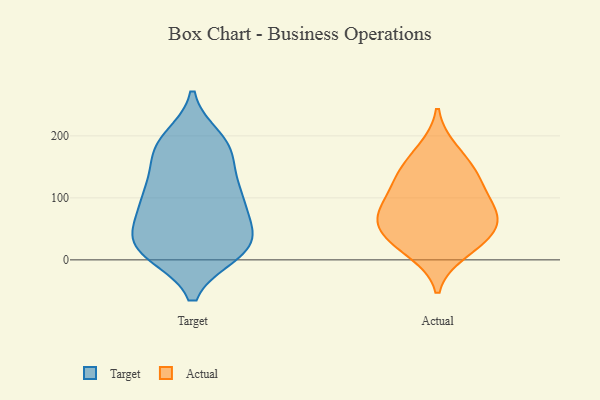
{"axis": {"x": "Conversion Rate (%)", "y": "Value"}, "legend": ["Actual", "Target"], "data": [{"x": "", "y": 174, "type": "Target"}, {"x": "", "y": 18, "type": "Target"}, {"x": "", "y": 86, "type": "Target"}, {"x": "", "y": 58, "type": "Target"}, {"x": "", "y": 20, "type": "Target"}, {"x": "", "y": 38, "type": "Target"}, {"x": "", "y": 55, "type": "Target"}, {"x": "", "y": 185, "type": "Target"}, {"x": "", "y": 114, "type": "Target"}, {"x": "", "y": 26, "type": "Target"}, {"x": "", "y": 179, "type": "Target"}, {"x": "", "y": 11, "type": "Target"}, {"x": "", "y": 84, "type": "Target"}, {"x": "", "y": 104, "type": "Target"}, {"x": "", "y": 176, "type": "Target"}, {"x": "", "y": 195, "type": "Target"}, {"x": "", "y": 14, "type": "Target"}, {"x": "", "y": 121, "type": "Target"}, {"x": "", "y": 115, "type": "Target"}, {"x": "", "y": 13, "type": "Target"}, {"x": "", "y": 129, "type": "Actual"}, {"x": "", "y": 34, "type": "Actual"}, {"x": "", "y": 78, "type": "Actual"}, {"x": "", "y": 146, "type": "Actual"}, {"x": "", "y": 59, "type": "Actual"}, {"x": "", "y": 73, "type": "Actual"}, {"x": "", "y": 79, "type": "Actual"}, {"x": "", "y": 120, "type": "Actual"}, {"x": "", "y": 14, "type": "Actual"}, {"x": "", "y": 176, "type": "Actual"}, {"x": "", "y": 35, "type": "Actual"}]}